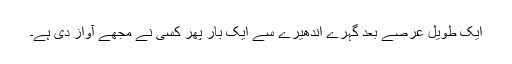
ایک طویل عرصے بعد گہرے اندھیرے سے ایک بار پھر کسی نے مجھے آواز دی ہے۔